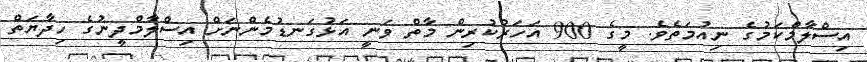
އިސްލާމްކަމުގެ ނިއުމަތެވެ. މީގެ 900 އަހަރުކުރިން މާތް ވަނީ އަޅުގަނޑުމެންނަށް އިސްލާމްދީނުގެ ހިދާޔަތް